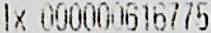
1X 000000616775